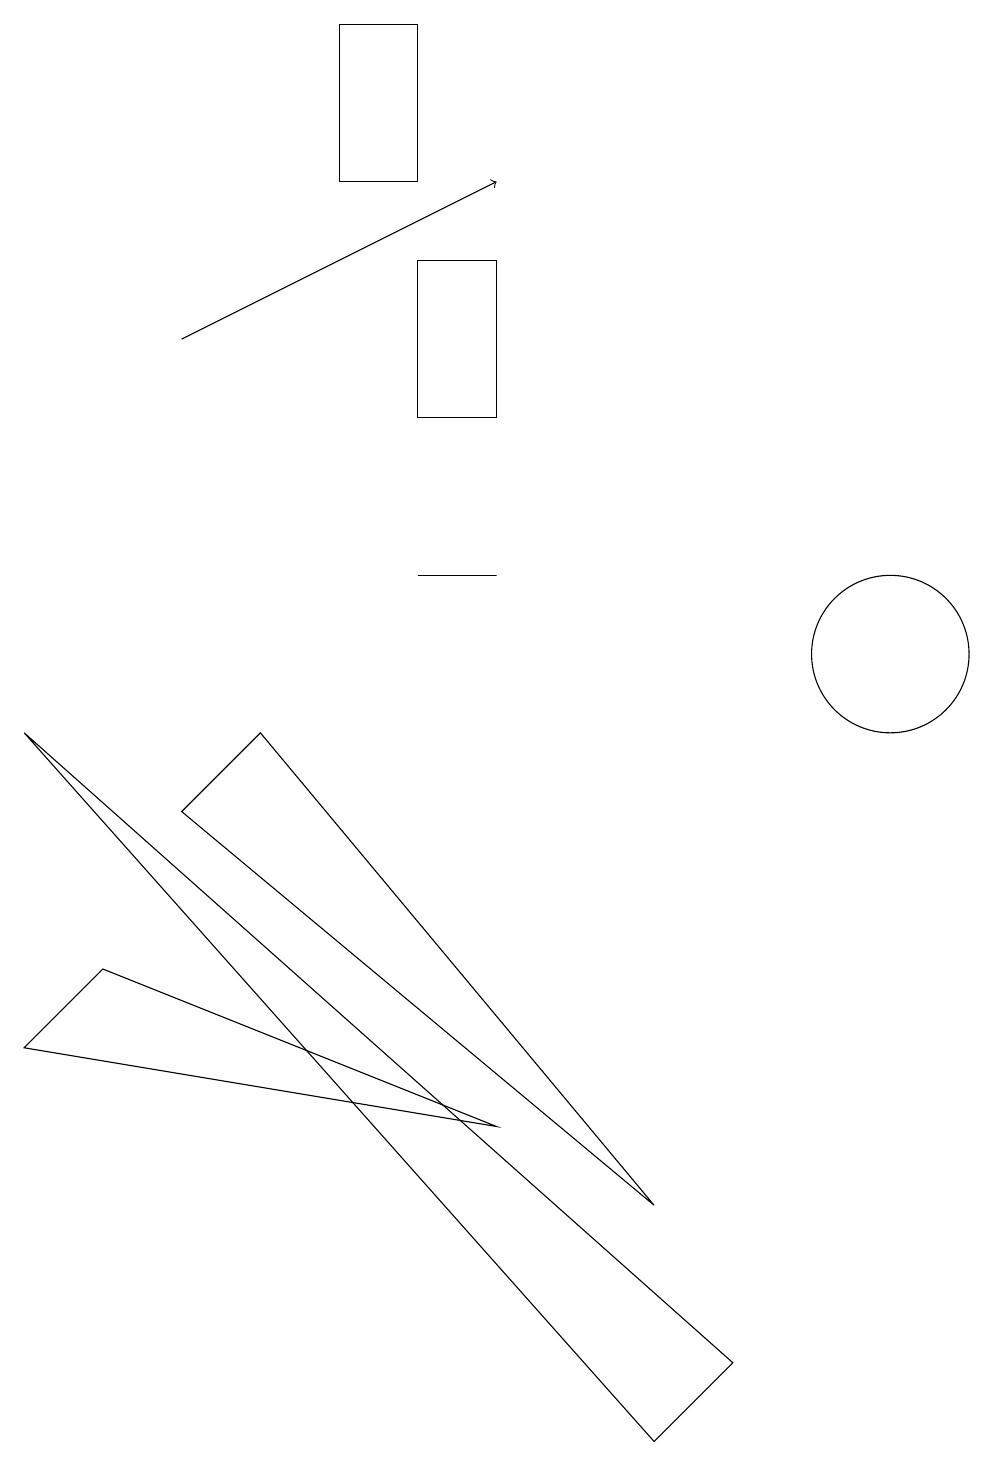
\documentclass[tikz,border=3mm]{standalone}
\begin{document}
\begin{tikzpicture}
\draw (11,10) circle (1);
\draw (6,11) rectangle (5,11);
\draw (5,16) rectangle (4,18);
\draw (6,13) rectangle (5,15);
\draw[->] (2,14) -- (6,16);
\draw (1,6) -- (6,4) -- (0,5) -- cycle;
\draw (9,1) -- (0,9) -- (8,0) -- cycle;
\draw (3,9) -- (8,3) -- (2,8) -- cycle;
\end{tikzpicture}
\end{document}